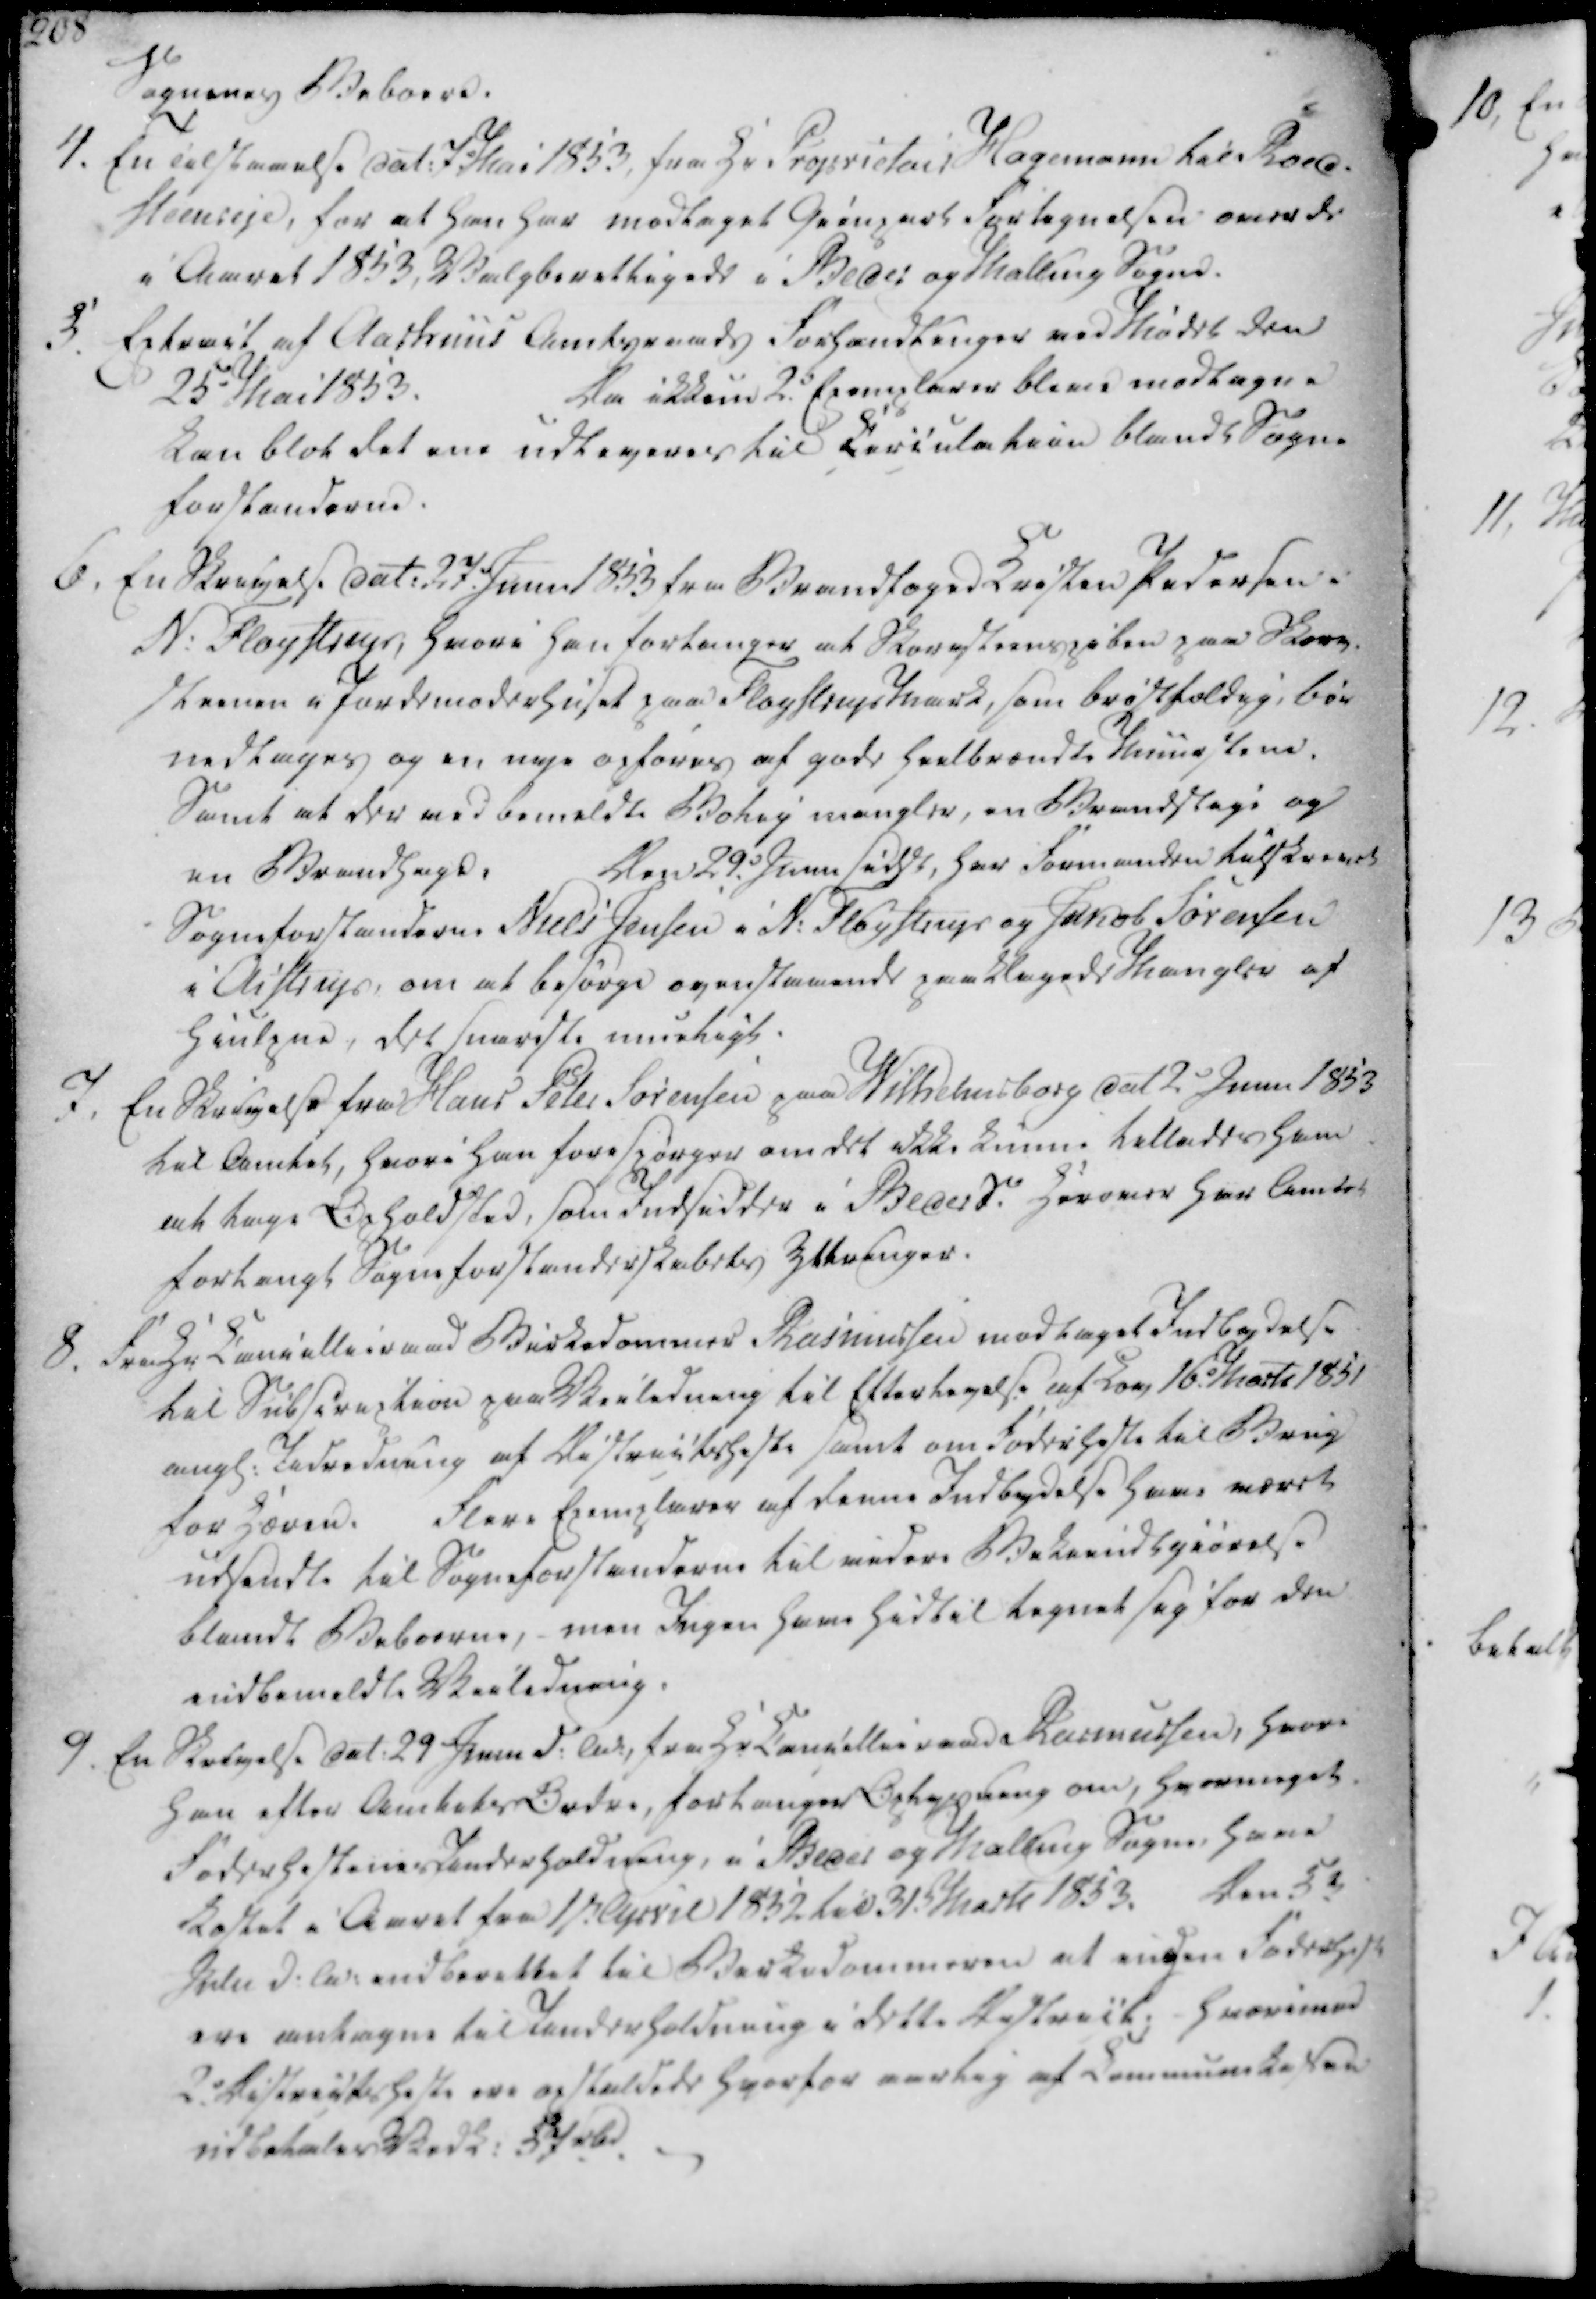
Transskription:
Sognenes Beboere.

4. En Tilstaaelse dat. 7. Mai 1853, fra Hr. Proprietair Hagemann til Roed-
steenseje, for at han har modtaget Gienpart Fortegnelsen over de
i Aaret 1853, Valgberettigede i Beder og Malling Sogne.
5. Extract af Aarhuus Amtsraads Forhandlinger ved Mødet den
25 Mai 1853.
Da ikkun 2d. Exemplarer bleve modtagne
kan blot det ene udleveres til Circulation blandt Sogne
forstanderne

6. En Skrivelse dat. 27. Junii 1853 fra Brandfoged Kristen Pedersen i
N. Fløystrup, hvori han forlanger at Skoresteenspiben paa Skorv-
steenen i Jordemoderhuset paa Fløystrup Mark, som brøstfældig, bør
nedtages og en nye opføres af gode heelbrændte Muurstene.
Samt at der ved bemeldte Bolig mangler, en Brandstige og
en Brandhagde
Den 29d. Junii sidstl, har Formanden tilskrevet
Sogneforstanderne Niels Jensen i N. Fløystrup og Jakob Sørensen
i Aistrup, om at besørge ovenstaaende paaklagede Mangler af
hiulpne, det snareste mueligt.
7. En Skrivelse fra Hans Peter Sørensen paa Wilhelmsborg dat 2d Junii 1853
til Amtet, hvori han forespørger om det ikke kunne tillades ham
at tage Opholdsted, som Indsidder i Beder S. herover har Amtet
forlangt Sogneforstanderskabets Yttringer.

8. Fra Hr Cancellieraad Birkedommer Rasmussen modtaget Indbydelse
til Subscription paa Veiledning til Eftertagelse af Lov 16. Marts 1851
angl. Udredning af Districtsheste samt om Foderheste til Brug
for Hæren.
Flere Exemplarer af denne Indbydelse have været
udsendte til Sogneforstanderne til videre Bekiendtgiørelse
blandt Beboerne, - men Ingen have hidtil tegnet sig for den
indbemeldte Veiledning.
9. En Skrivelse dat. 29 Juni d.A., fra Hr Cancellieraad Rasmussen, hvori
han efter Amtets Ordre, forlanger Oplysning om, hvormeget.
Foderhestenes Underholdning, i Beder og Malling Sogne, have
Kostet i Aaret fra 1st April 1852 til 31 Marts 1853.
Den 5te
Julii d.A. indberettet til Birkedommeren at ingen Foderhest
ere antagne til Underholdning i dette District, hvorimod
2. Districtsheste ere opstaldede hvorfor aarlig af Communekassen
udbetales Vedk. 57 rbd.